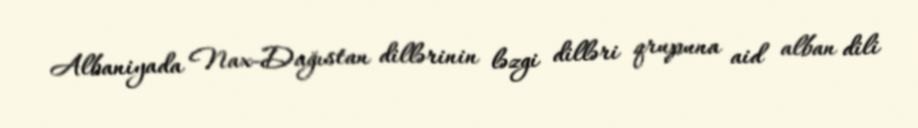
Albaniyada Nax-Dağıstan dillərinin ləzgi dilləri qrupuna aid alban dili